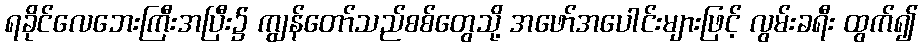
ရခိုင်လေဘေးကြီးအပြီး၌ ကျွန်တော်သည်စစ်တွေသို့ အဖော်အပေါင်းများဖြင့် လွမ်းခရီး ထွက်၍